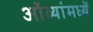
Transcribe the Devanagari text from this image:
ओंव्यांमध्यें